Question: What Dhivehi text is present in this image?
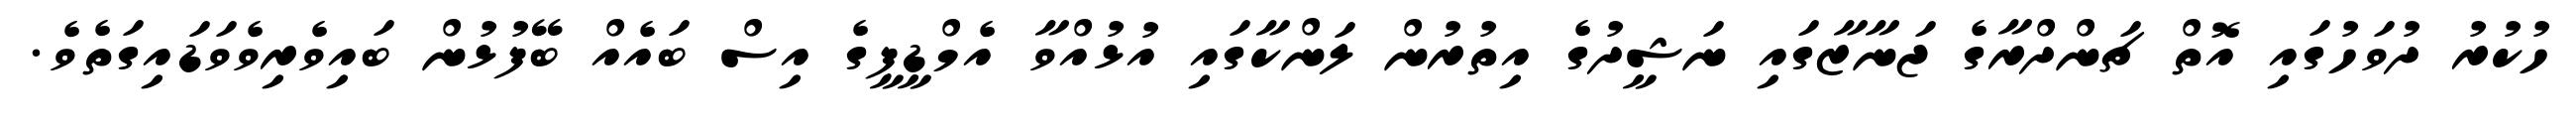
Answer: ހުކުރު ދުވަހުގައި އޮތް ޗަންދްރާގެ ޖަނާޒާގައި ނަޝީދުގެ އިތުރުން ލަންކާގައި އުޅުއްވާ އެމްޑީޕީގެ އިސް ބައެއް ބޭފުޅުން ބައިވެރިވެވަޑައިގަތެވެ.